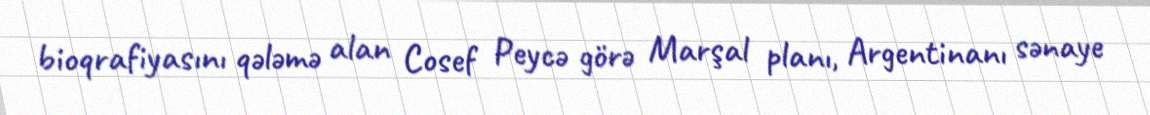
bioqrafiyasını qələmə alan Cosef Peycə görə Marşal planı, Argentinanı sənaye